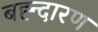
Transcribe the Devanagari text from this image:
बह्न्दारण